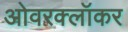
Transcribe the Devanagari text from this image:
ओवरक्लॉकर